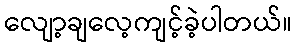
လျော့ချလေ့ကျင့်ခဲ့ပါတယ်။